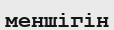
меншігін